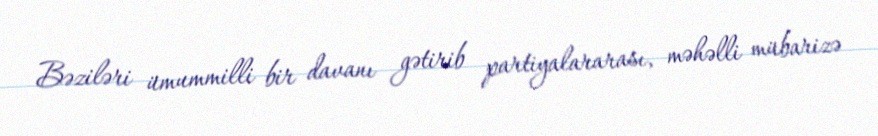
Bəziləri ümummilli bir davanı gətirib partiyalararası, məhəlli mübarizə